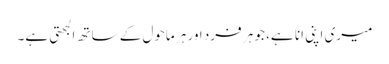
میری اپنی انا ہے، جو ہر فرد اور ہر ماحول کے ساتھ الجھتی ہے۔